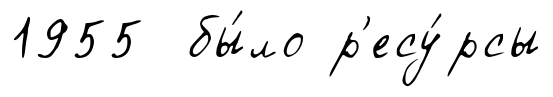
1955 бы́ло р'есу́рсы